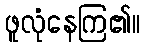
ဖူလုံနေကြ၏။